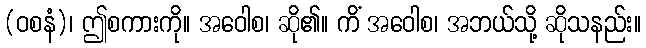
(ဝစနံ)၊ ဤစကားကို။ အဝေါစ၊ ဆို၏။ ကိံ အဝေါစ၊ အဘယ်သို့ ဆိုသနည်း။